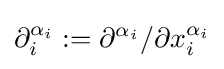
\partial _{i}^{\alpha _{i}}:=\partial ^{\alpha _{i}}/\partial x_{i}^{\alpha _{i}}